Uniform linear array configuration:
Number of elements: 32
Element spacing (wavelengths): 0.5
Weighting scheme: binomial
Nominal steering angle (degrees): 30
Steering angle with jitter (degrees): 30.483
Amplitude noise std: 0.05
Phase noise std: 0.05

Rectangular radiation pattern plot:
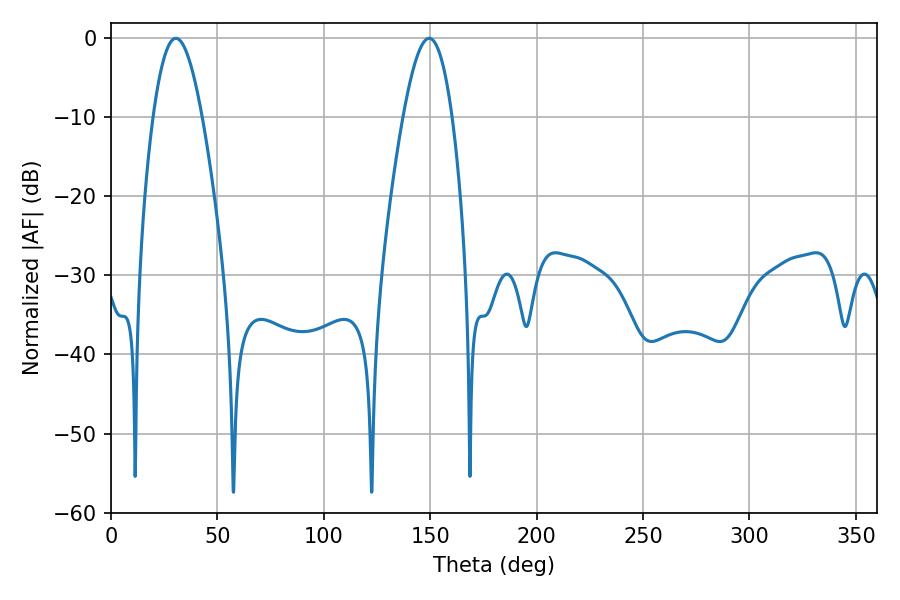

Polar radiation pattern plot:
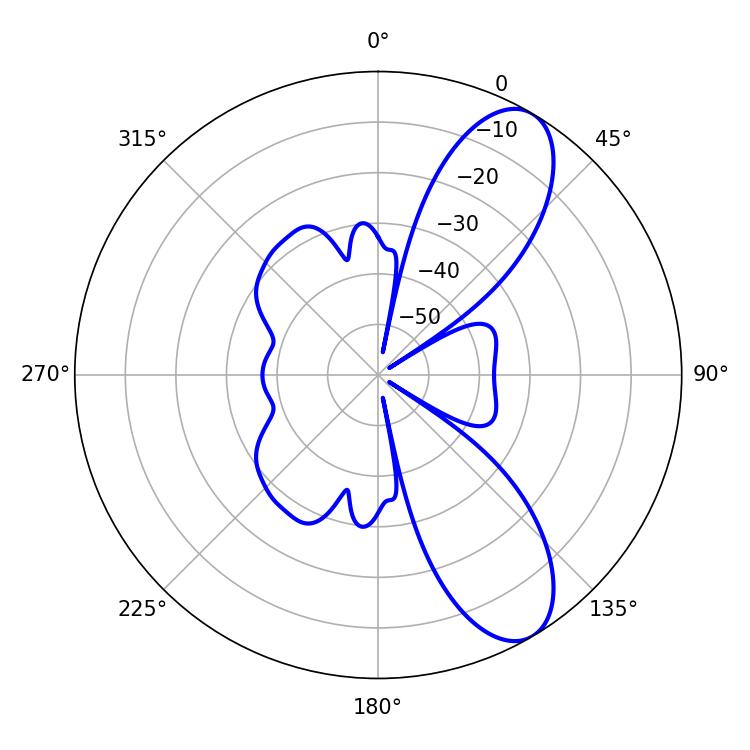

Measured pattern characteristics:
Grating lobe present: FALSE
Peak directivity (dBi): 9.204
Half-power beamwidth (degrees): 12.42
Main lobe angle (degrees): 30.42